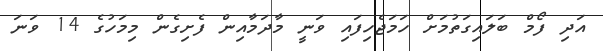
އަދި ފޯމް ބަލައިގަތުމަށް ހަމަޖެހިފައި ވަނީ މާދަމާއިން ފެށިގެން މިމަހުގެ 14 ވަނަ